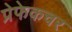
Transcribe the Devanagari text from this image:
प्रेफेकचर